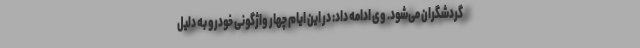
گردشگران می‌شود. وی ادامه داد: در این ایام چهار واژگونی خودرو به دلیل